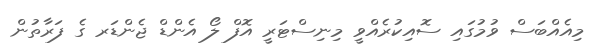
މިއެއްބަސް ވުމުގައި ސޮއިކުރެއްވީ މިނިސްޓަރީ އޮފް ލޯ އެންޑް ޖެންޑަރ ގެ ފަރާތުން